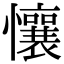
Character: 懹